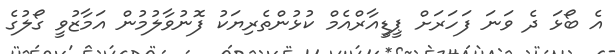
އެ ބޯޅަ ދެ ވަނަ ފަހަރަށް ޕީޑީއާރްއެމް ކުޅުންތެރިޔަކު ފޮނުވާލުމުން އަމާޒުވީ ގޯލުގެ